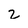
Character: 2